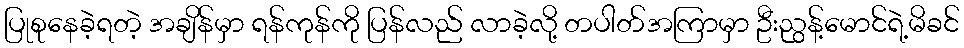
ပြုစုနေခဲ့ရတဲ့ အချိန်မှာ ရန်ကုန်ကို ပြန်လည် လာခဲ့လို့ တပါတ်အကြာမှာ ဦးညွန့်မောင်ရဲ့မိခင်